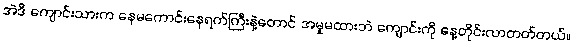
အဲဒီ ကျောင်းသားက နေမကောင်းနေရက်ကြီးနဲ့တောင် အမှုမထားဘဲ ကျောင်းကို နေ့တိုင်းလာတတ်တယ်။